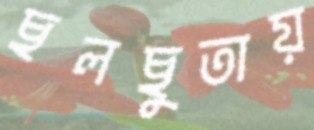
ছলছুতায়